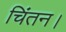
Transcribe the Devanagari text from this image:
चिंतन।